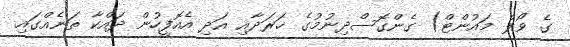
ގެ ވޯލް މައުންޓް) ގެންގޮސްދިނުމުގެ ޚަރަދާއި އަދި އެއޮފީހުން ދައްކާ ތަނެއްގައި